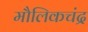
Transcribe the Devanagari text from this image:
मौलिकचंद्र